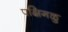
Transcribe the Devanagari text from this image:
पक्षिगळु